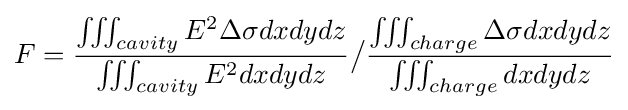
F={\frac {\iiint _{cavity}E^{2}\Delta \sigma dxdydz}{\iiint _{cavity}E^{2}dxdydz}}{\big /}{\frac {\iiint _{charge}\Delta \sigma dxdydz}{\iiint _{charge}dxdydz}}